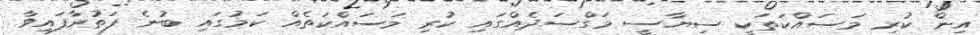
އިން ކުރި މަސައްކަތަކީ ސިޔާސީ މަގްސަދެއްގައި ކުރި މަސައްކަތެއް ކަމުގައި ބުނެ ފަތުރާފައިވާ